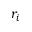
r _ { i }